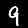
Label: 9